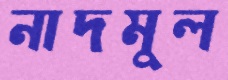
নাদমুল